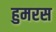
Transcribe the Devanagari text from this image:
हुमरस